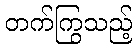
တက်ကြွသည့်